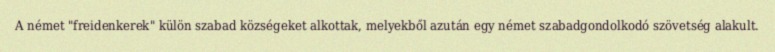
A német "freidenkerek" külön szabad községeket alkottak, melyekből azután egy német szabadgondolkodó szövetség alakult.